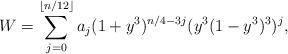
LaTeX: \begin{align*}W= \sum_{j=0}^{\lfloor n/12 \rfloor}a_j(1+y^3)^{n/4-3j}(y^3(1-y^3)^3)^j,\end{align*}